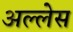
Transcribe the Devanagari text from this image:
अल्लेस